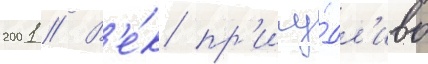
2001 // В'е́к пр'ичу́дл'иво